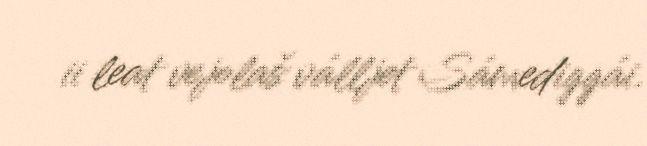
ii leat vejolaš válljet Sámediggái.